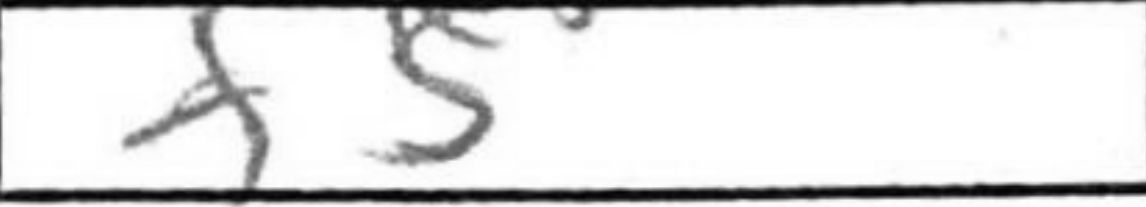
Transcription: f5